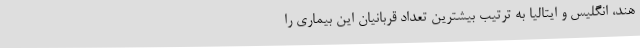
هند، انگلیس و ایتالیا به ترتیب بیشترین تعداد قربانیان این بیماری را